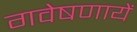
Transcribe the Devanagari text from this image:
गवेषणायें